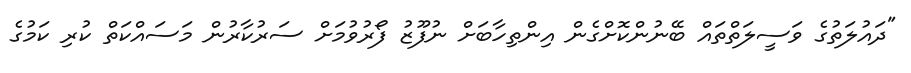
"ދައުލަތުގެ ވަސީލަތްތައް ބޭނުންކޮށްގެން އިންތިހާބަށް ނުފޫޒު ފޯރުވުމަށް ސަރުކާރުން މަސައްކަތް ކުރި ކަމުގެ